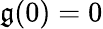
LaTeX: \mathfrak{g}(0)=0